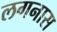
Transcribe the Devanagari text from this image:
लगनास